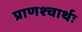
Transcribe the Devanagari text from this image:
प्राणश्चार्थः